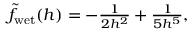
\begin{array} { r } { \tilde { f } _ { \mathrm { w e t } } ( h ) = - \frac { 1 } { 2 h ^ { 2 } } + \frac { 1 } { 5 h ^ { 5 } } , } \end{array}